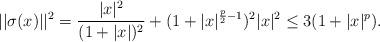
LaTeX: \begin{align*}||\sigma(x)||^2=\frac{|x|^2}{(1+|x|)^2}+(1+|x|^{\frac{p}{2}-1})^2|x|^2\le3(1+|x|^p).\end{align*}